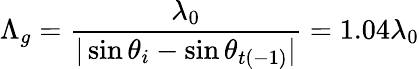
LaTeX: \Lambda_{g}=\frac{\lambda_{0}}{|\sin\theta_{i}-\sin\theta_{t(-1)}|}=1.04\lambda_{0}